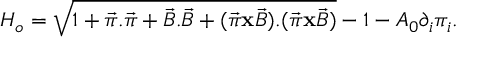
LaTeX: H _ { o } = \sqrt { 1 + \vec { \pi } . \vec { \pi } + \vec { B } . \vec { B } + ( \vec { \pi } { \bf x } \vec { B } ) . ( \vec { \pi } { \bf x } \vec { B } ) } - 1 - A _ { 0 } \partial _ { i } \pi _ { i } .